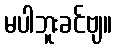
မပါဘူးခင်ဗျ။